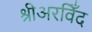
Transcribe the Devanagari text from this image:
श्रीअरविँद